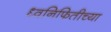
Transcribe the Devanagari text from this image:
ध्वनिफितीच्या